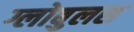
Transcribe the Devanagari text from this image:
ग्लोबुलस